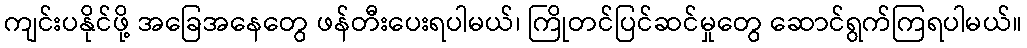
ကျင်းပနိုင်ဖို့ အခြေအနေတွေ ဖန်တီးပေးရပါမယ်၊ ကြိုတင်ပြင်ဆင်မှုတွေ ဆောင်ရွက်ကြရပါမယ်။